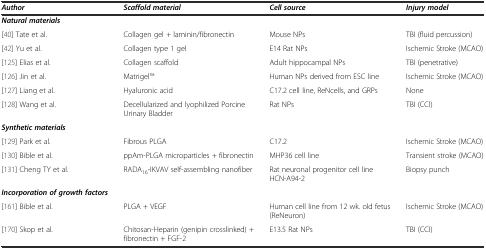
<table><thead><tr><td><b><i>Author</i></b></td><td><b><i>Scaffold material</i></b></td><td><b><i>Cell source</i></b></td><td><b><i>Injury model</i></b></td></tr></thead><tbody><tr><td><b><i>Natural materials</i></b></td><td>[EMPTY_CELL]</td><td>[EMPTY_CELL]</td><td>[EMPTY_CELL]</td></tr><tr><td>[40] Tate et al.</td><td>Collagen gel + laminin/fibronectin</td><td>Mouse NPs</td><td>TBI (fluid percussion)</td></tr><tr><td>[42] Yu et al.</td><td>Collagen type 1 gel</td><td>E14 Rat NPs</td><td>Ischemic Stroke (MCAO)</td></tr><tr><td>[125] Elias et al.</td><td>Collagen scaffold</td><td>Adult hippocampal NPs</td><td>TBI (penetrative)</td></tr><tr><td>[126] Jin et al.</td><td>MatrigelTM</td><td>Human NPs derived from ESC line</td><td>Ischemic Stroke (MCAO)</td></tr><tr><td>[127] Liang et al.</td><td>Hyaluronic acid</td><td>C17.2 cell line, ReNcells, and GRPs</td><td>None</td></tr><tr><td>[128] Wang et al.</td><td>Decellularized and lyophilized Porcine Urinary Bladder</td><td>Rat NPs</td><td>TBI (CCI)</td></tr><tr><td><b><i>Synthetic materials</i></b></td><td>[EMPTY_CELL]</td><td>[EMPTY_CELL]</td><td>[EMPTY_CELL]</td></tr><tr><td>[129] Park et al.</td><td>Fibrous PLGA</td><td>C17.2</td><td>Ischemic Stroke (MCAO)</td></tr><tr><td>[130] Bible et al.</td><td>ppAm-PLGA microparticles + fibronectin</td><td>MHP36 cell line</td><td>Transient stroke (MCAO)</td></tr><tr><td>[131] Cheng TY et al.</td><td>RADA<sub>16</sub>-IKVAV self-assembling nanofiber</td><td>Rat neuronal progenitor cell line HCN-A94-2</td><td>Biopsy punch</td></tr><tr><td><b><i>Incorporation of growth factors</i></b></td><td>[EMPTY_CELL]</td><td>[EMPTY_CELL]</td><td>[EMPTY_CELL]</td></tr><tr><td>[161] Bible et al.</td><td>PLGA + VEGF</td><td>Human cell line from 12 wk. old fetus (ReNeuron)</td><td>Ischemic Stroke (MCAO)</td></tr><tr><td>[170] Skop et al.</td><td>Chitosan-Heparin (genipin crosslinked) + fibronectin + FGF-2</td><td>E13.5 Rat NPs</td><td>TBI (CCI)</td></tr></tbody></table>